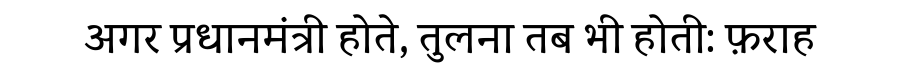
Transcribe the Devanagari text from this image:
अगर प्रधानमंत्री होते, तुलना तब भी होती: फ़राह